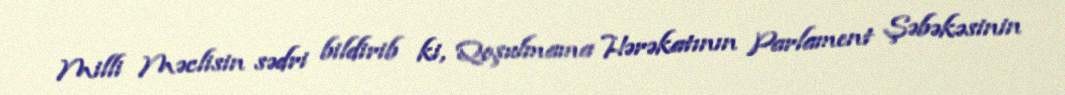
Milli Məclisin sədri bildirib ki, Qoşulmama Hərəkatının Parlament Şəbəkəsinin